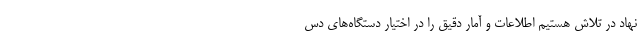
نهاد در تلاش هستیم اطلاعات و آمار دقیق را در اختیار دستگاه‌های دس